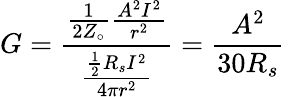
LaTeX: G={\frac{{\frac{1}{2Z_{\circ}}}{\frac{A^{2}I^{2}}{r^{2}}}}{\frac{{\frac{1}{2}}R_{s}I^{2}}{4\pi r^{2}}}}={\frac{A^{2}}{30R_{s}}}\,